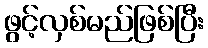
ဖွင့်လှစ်မည်ဖြစ်ပြီး